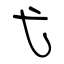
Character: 弋